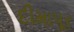
દીમાપૂર